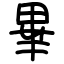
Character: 畢